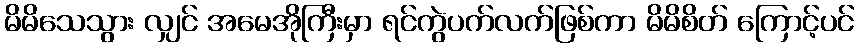
မိမိသေသွား လျှင် အမေအိုကြီးမှာ ရင်ကွဲပက်လက်ဖြစ်ကာ မိမိစိတ် ကြောင့်ပင်